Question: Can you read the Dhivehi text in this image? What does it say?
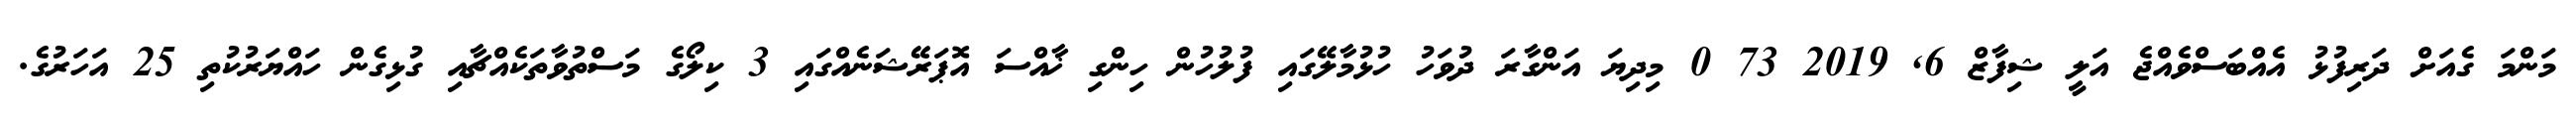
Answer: މަންމަ ގެއަށް ދަރިފުޅު އެއްބަސްވެއްޖެ އަލީ ޝިފާޒް 6, 2019 73 0 މިދިޔަ އަންގާރަ ދުވަހު ހުޅުމާލޭގައި ފުލުހުން ހިންގި ޚާއްސަ އޮޕަރޭޝަނެއްގައި 3 ކިލޯގެ މަސްތުވާތަކެއްޗާއި ގުޅިގެން ހައްޔަރުކުތި 25 އަހަރުގެ.